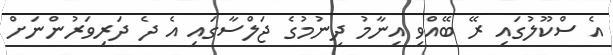
އެ ސްކޫލުގައި ރޭ ބޭއްވި އިނާމު ދިނުމުގެ ޖަލްސާގައި އެ ދެ ދަރިވަރުންނަށް